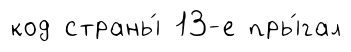
код страны́ 13-е пры́гал